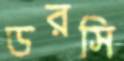
ডরসি